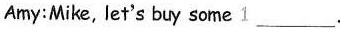
Amy:Mike, let's buy some 1___.